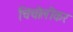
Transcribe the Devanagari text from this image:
चिंचोलीकर